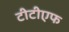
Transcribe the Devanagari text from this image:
टीटीएफ